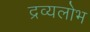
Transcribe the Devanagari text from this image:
द्रव्यलोभ